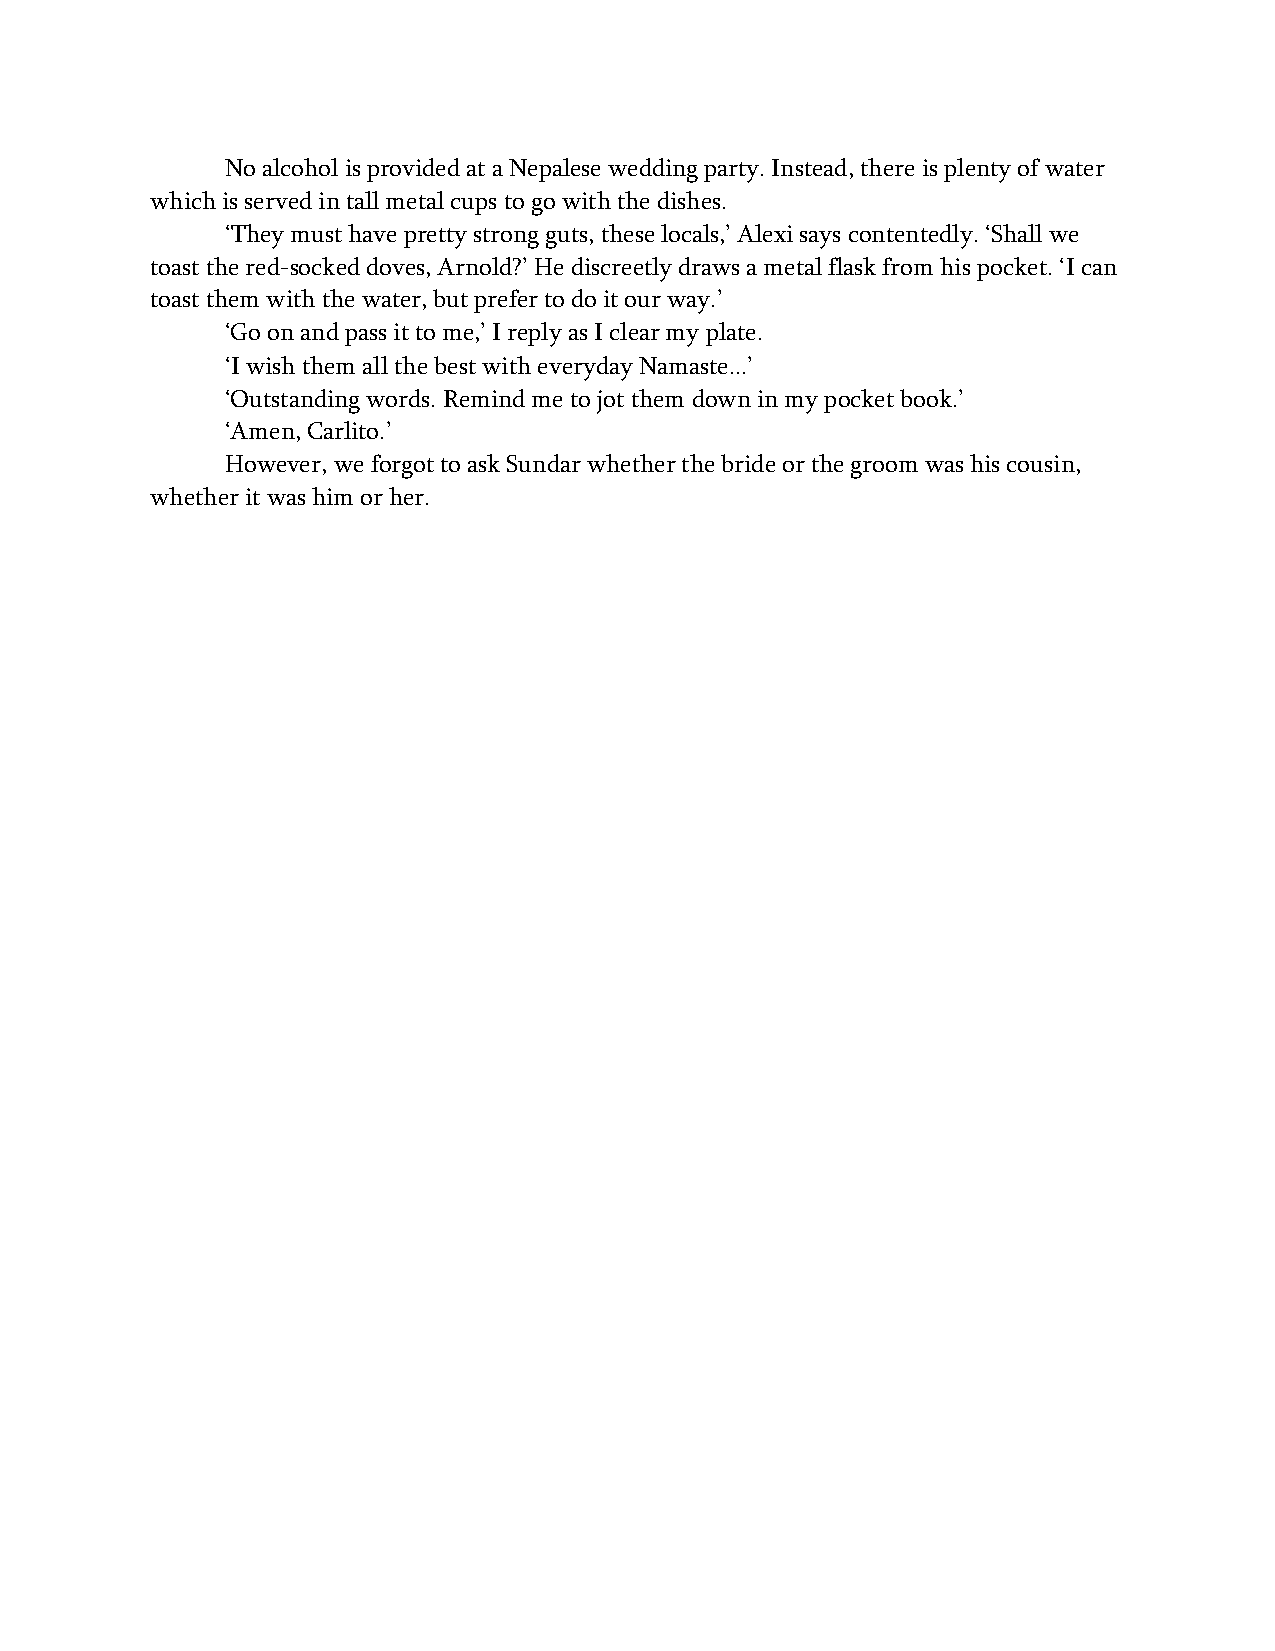
No alcohol is provided at a Nepalese wedding party. Instead, there is plenty of water
 which is served in tall metal cups to go with the dishes.
 ‘They must have pretty strong guts, these locals,’ Alexi says contentedly. ‘Shall we
 toast the red-socked doves, Arnold?’ He discreetly draws a metal flask from his pocket. ‘I can
 toast them with the water, but prefer to do it our way.’
 ‘Go on and pass it to me,’ I reply as I clear my plate.
 ‘I wish them all the best with everyday Namaste...’
 ‘Outstanding words. Remind me to jot them down in my pocket book.’
 ‘Amen, Carlito.’
 However, we forgot to ask Sundar whether the bride or the groom was his cousin,
 whether it was him or her.